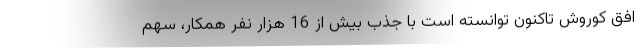
افق کوروش تاکنون توانسته است با جذب بیش از 16 هزار نفر همکار، سهم